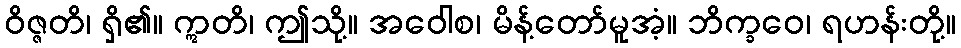
ဝိဇ္ဇတိ၊ ရှိ၏။ ဣတိ၊ ဤသို့။ အဝေါစ၊ မိန့်တော်မူအံ့။ ဘိက္ခဝေ၊ ရဟန်းတို့။